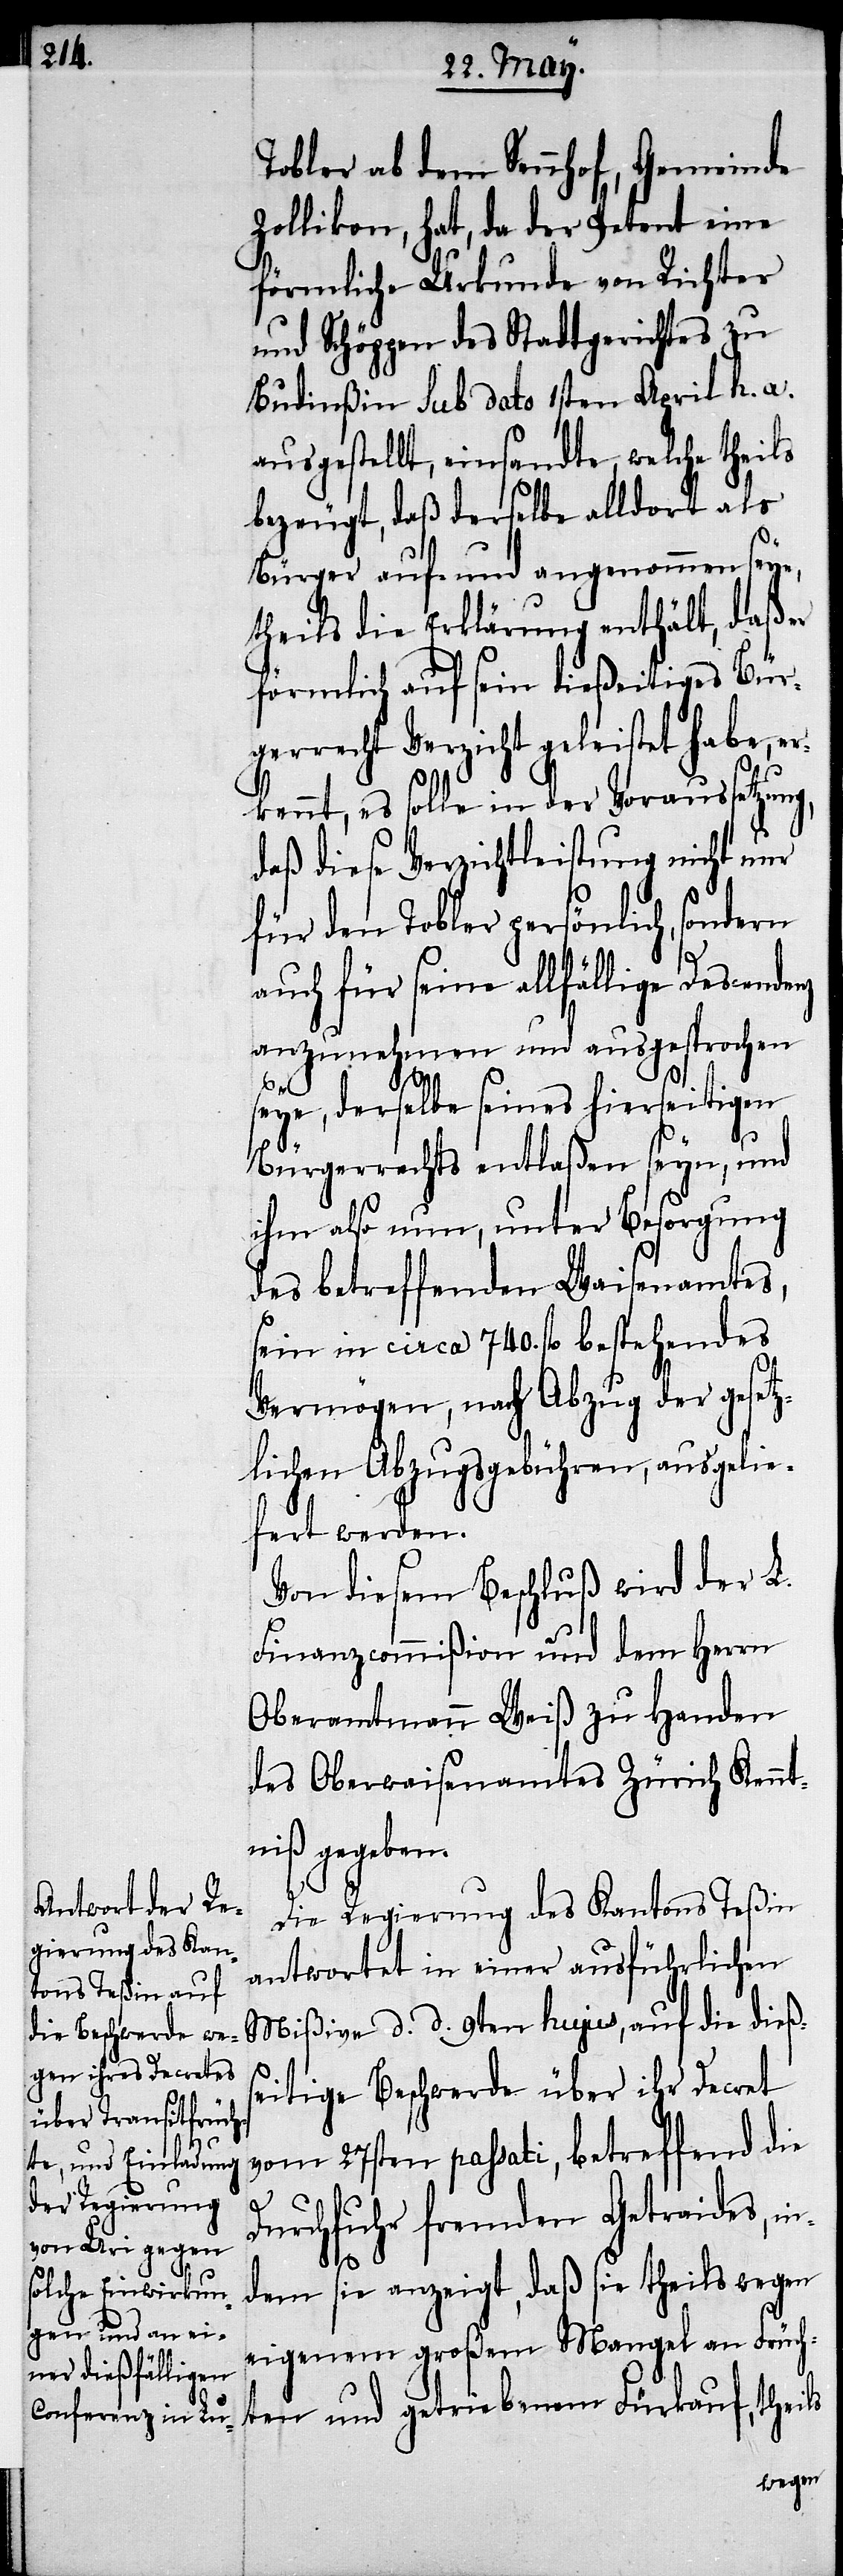
Tobler ob dem Sennhof, Gemeinde
Zollikon, hat, da der Petent eine
förmliche Urkunde von Richter
und Schöppen des Stadtgerichtes zu
Budinßin sub dato 1sten April h. a.
ausgestellt, einsandte, welche theils
bezeugt, daß derselbe alldort als
Bürger auf- und angenommen seye,
theils die Erklärung enthält, daß er
förmlich auf sein dießeitiges Bür¬
gerrecht Verzicht geleistet habe, er¬
kennt, es solle in der Voraussetzun¬
daß diese Verzichtleistung nicht nur
für den Tobler persönlich, sondern
auch für seine allfällige Descendenz
anzunehmen und ausgesprochen
f,
seye, derselbe seines hierseitigen
Bürgerrechts entlaßen seyn, und
ihm also nun, unter Besorgung
des betreffenden Waisenamtes,
sein in circa 740. fl. bestehendes
Vermögen, nach Abzug der gesetz¬
lichen Abzugsgebühren, ausgelie¬
fert werden.
Von diesem Beschluß wird der L.
Finanzcommißion und dem Herrn
Oberamtmann Weiß zu Handen
des Oberwaisenamtes Zürich Kennt¬
niß gegeben.
Die Regierung des Kantons Teßin
antwortet in einer ausführlichen
Mißive d. d. 9ten hujus, auf die dießs¬
eitige Beschwerde über ihr Decret
vom 27sten passati, betreffend die
Durchfuhr fremden Getraides, in
dem sie anzeigt, daß sie theils wegen
eigenem großem Mangel an Früch¬
ten und getriebenem Früchtekau¬